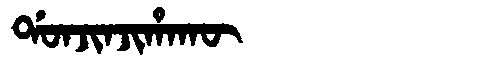
Manchu: ᡩᠣᠨᠵᡳᠨᠵᡳᡥᠠᡴᡡ
Romanization: DONJINJIHAKŪ